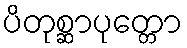
ပိတုစ္ဆာပုတ္တော